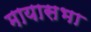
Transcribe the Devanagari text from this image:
मायासभा